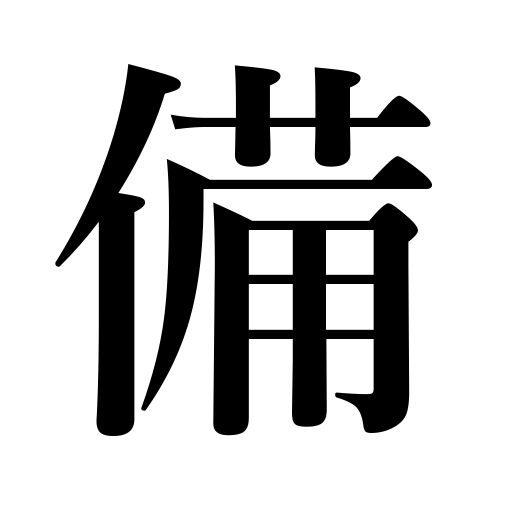
Meanings: be endowed with,furnish,have ready,be furnished with,prepare,be among,be armed with ,provide,install,have,equip,be one of,possess